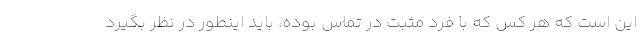
این است که هر کس که با فرد مثبت در تماس بوده، باید اینطور در نظر بگیرد